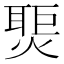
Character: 𬋀